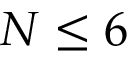
N \leq 6